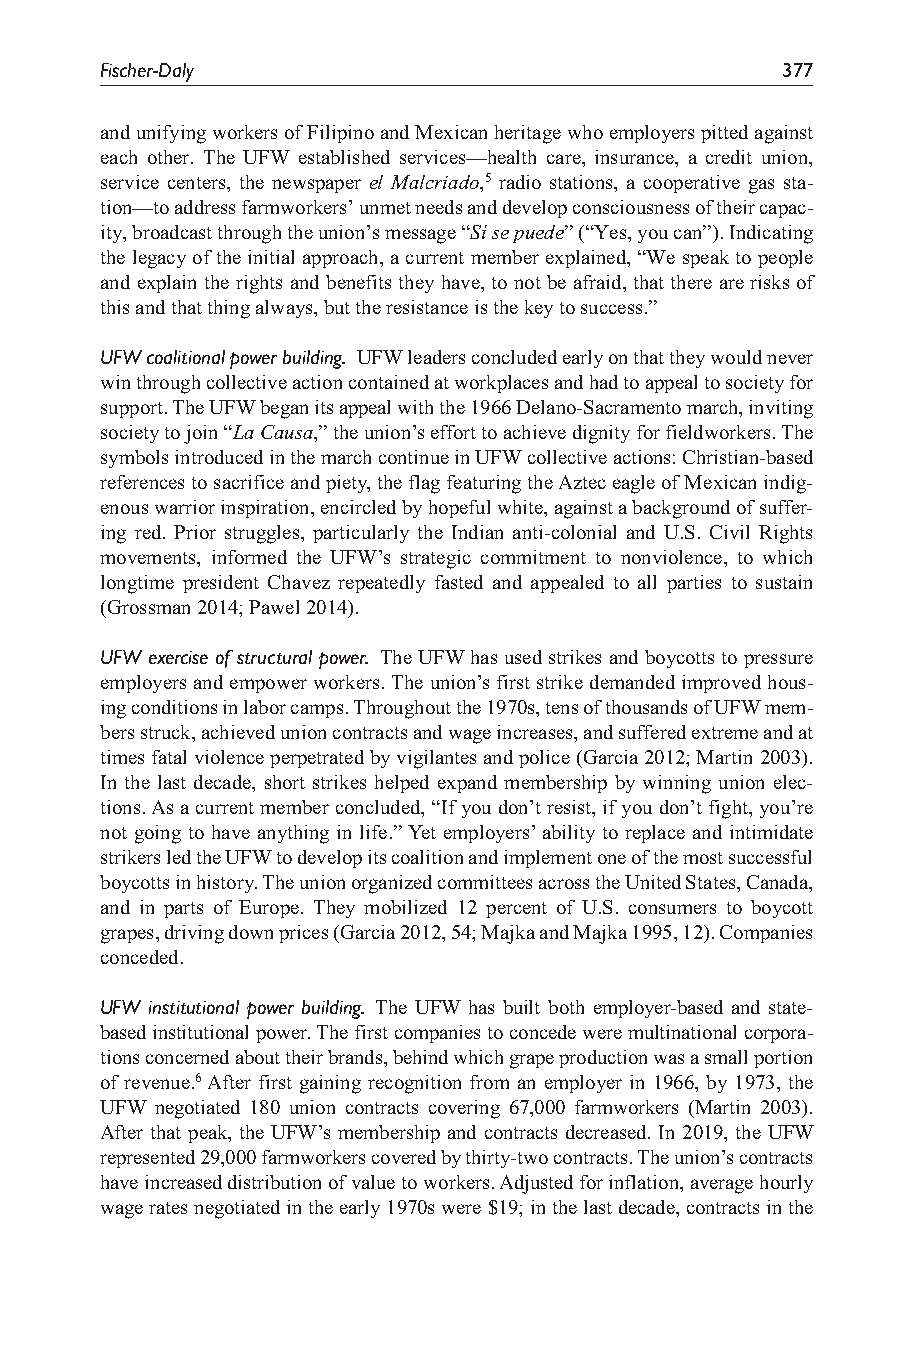
Fischer-Daly                                 377
 and unifying workers of Filipino and Mexican heritage who employers pitted against
 each other. The UFW established services—health care, insurance, a credit union,
 service centers, the newspaper el Malcriado,5 radio stations, a cooperative gas sta-
 tion—to address farmworkers’ unmet needs and develop consciousness of their capac-
 ity, broadcast through the union’s message “Sí se puede” (“Yes, you can”). Indicating
 the legacy of the initial approach, a current member explained, “We speak to people
 and explain the rights and benefits they have, to not be afraid, that there are risks of
 this and that thing always, but the resistance is the key to success.”
 UFW coalitional power building. UFW leaders concluded early on that they would never
 win through collective action contained at workplaces and had to appeal to society for
 support. The UFW began its appeal with the 1966 Delano-Sacramento march, inviting
 society to join “La Causa,” the union’s effort to achieve dignity for fieldworkers. The
 symbols introduced in the march continue in UFW collective actions: Christian-based
 references to sacrifice and piety, the flag featuring the Aztec eagle of Mexican indig-
 enous warrior inspiration, encircled by hopeful white, against a background of suffer-
 ing red. Prior struggles, particularly the Indian anti-colonial and U.S. Civil Rights
 movements, informed the UFW’s strategic commitment to nonviolence, to which
 longtime president Chavez repeatedly fasted and appealed to all parties to sustain
 (Grossman 2014; Pawel 2014).
 UFW exercise of structural power. The UFW has used strikes and boycotts to pressure
 employers and empower workers. The union’s first strike demanded improved hous-
 ing conditions in labor camps. Throughout the 1970s, tens of thousands of UFW mem-
 bers struck, achieved union contracts and wage increases, and suffered extreme and at
 times fatal violence perpetrated by vigilantes and police (Garcia 2012; Martin 2003).
 In the last decade, short strikes helped expand membership by winning union elec-
 tions. As a current member concluded, “If you don’t resist, if you don’t fight, you’re
 not going to have anything in life.” Yet employers’ ability to replace and intimidate
 strikers led the UFW to develop its coalition and implement one of the most successful
 boycotts in history. The union organized committees across the United States, Canada,
 and in parts of Europe. They mobilized 12 percent of U.S. consumers to boycott
 grapes, driving down prices (Garcia 2012, 54; Majka and Majka 1995, 12). Companies
 conceded.
 UFW institutional power building. The UFW has built both employer-based and state-
 based institutional power. The first companies to concede were multinational corpora-
 tions concerned about their brands, behind which grape production was a small portion
 of revenue.6 After first gaining recognition from an employer in 1966, by 1973, the
 UFW negotiated 180 union contracts covering 67,000 farmworkers (Martin 2003).
 After that peak, the UFW’s membership and contracts decreased. In 2019, the UFW
 represented 29,000 farmworkers covered by thirty-two contracts. The union’s contracts
 have increased distribution of value to workers. Adjusted for inflation, average hourly
 wage rates negotiated in the early 1970s were $19; in the last decade, contracts in the